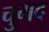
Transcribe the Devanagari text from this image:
चुगद